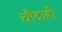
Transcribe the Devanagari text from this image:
चौदाही